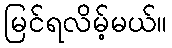
မြင်ရလိမ့်မယ်။